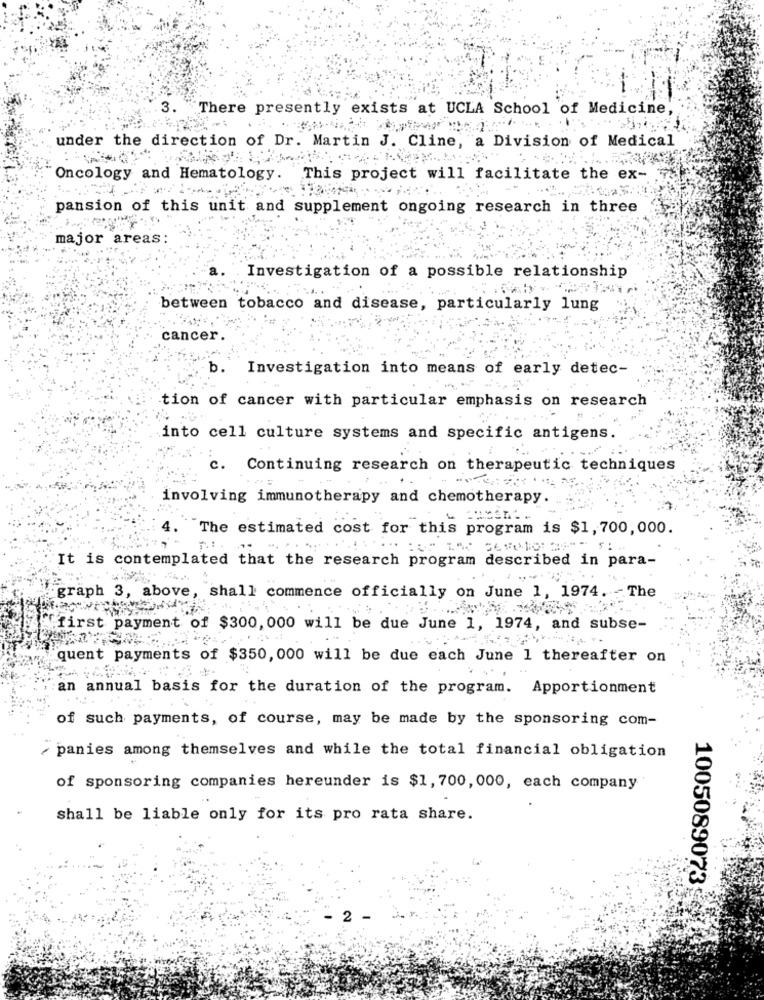
There presently exists at UCLA School of Medicine,
under the direction of Dr. Martin J. Cline, a Division of Medical
Oncology and Hematology. This project will facilitate the ex-
pansion of this unit and supplement ongoing research in three
major areas:
Investigation of a possible relationship
between tobacco and disease, particularly lung
cancer.
b.
Investigation into means of early detec-
tion of cancer with particular emphasis on research
into cell culture systems and specific antigens.
c. Continuing research on therapeutic techniques
involving immunotherapy and chemotherapy.
4.
The estimated cost for this program is $1, 700, 000.
It is contemplated that the research program described in para-
graph 3, above, shall commence officially on June 1, 1974. - The
first payment of $300, 000 will be due June 1, 1974, and subse-
quent payments of $350, 000 will be due each June 1 thereafter on
an annual basis for the duration of the program. Apportionment
of such payments, of course, may be made by the sponsoring com-
panies among themselves and while the total financial obligation
of sponsoring companies hereunder is $1, 700, 000, each company
shall be liable only for its pro rata share.
1005089073
2